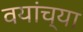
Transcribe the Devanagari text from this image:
वयांच्या